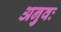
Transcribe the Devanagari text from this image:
अनुवः